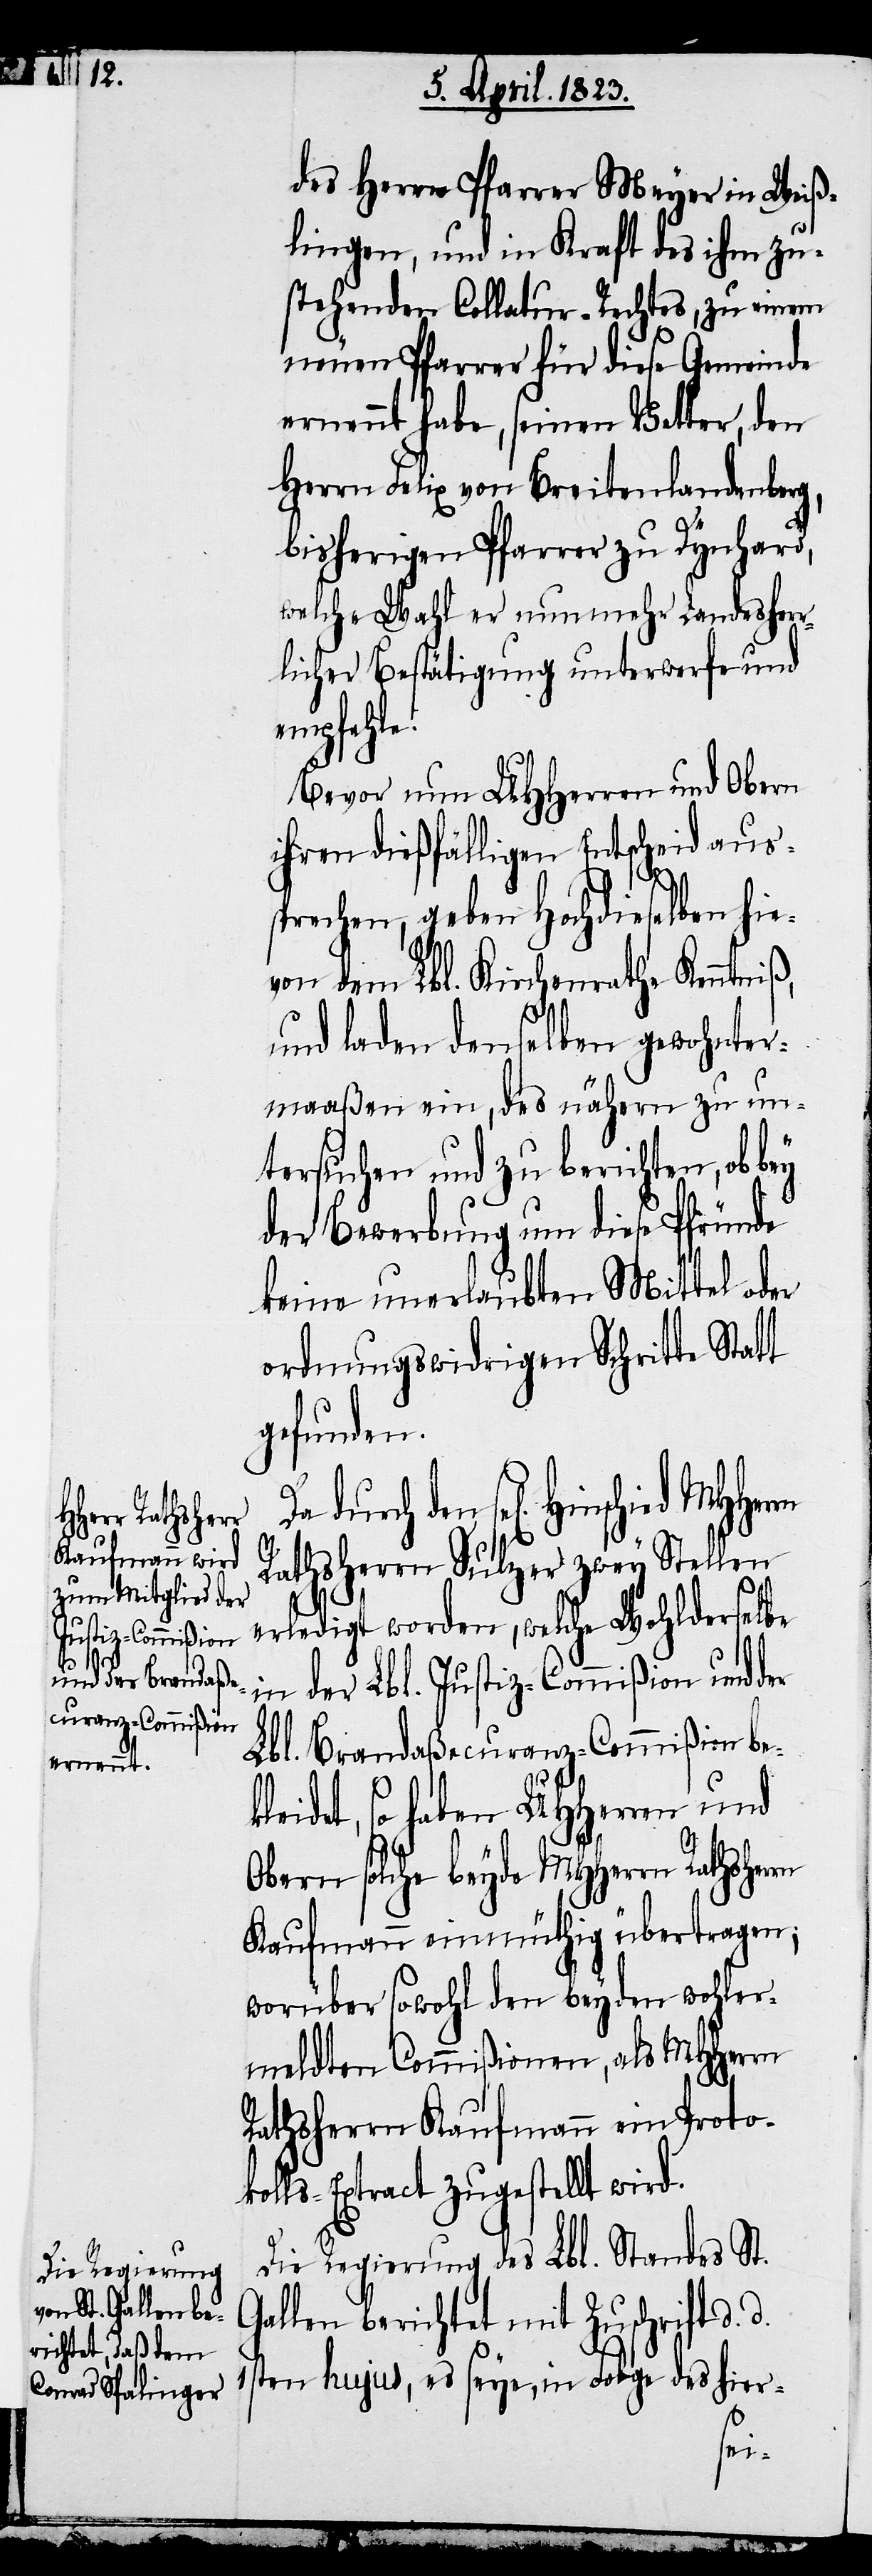
des Herrn Pfarrer Meyer in Weiß¬
lingen, und in Kraft des ihm zu¬
stehenden Collatur-Rechtes, zu einem
neuen Pfarrer für diese Gemeinde
ernennt habe, seinen Vetter, den
Herrn Felix von Breitenlandenberg,
bisherigen Pfarrer zu Dynhard,
welche Wahl er nunmehr Landesher¬
rlicher Bestätigung unterwerfe und
empfehle.
Bevor nun UHHerren und Obern
ihren dießfälligen Entscheid aus¬
d.
sprechen, geben Hochdieselben hie¬
von dem Lbl. Kirchenrathe Kenntni¬
und laden denselben gewohnter¬
maaßen ein, des nähern zu un¬
tersuchen und zu berichten, ob bey
der Bewerbung um diese Pfründe
keine unerlaubten Mittel oder
ordnungswidrigen Schritte Statt
gefunden.
durch den sel[igen] Hinschied
Rathsherrn Sulzer zwey Stellen
erledigt worden, welche Wohlderselbe
in der Lbl. Justiz-Commißion und der
Lbl. Brandaßecuranz-Commißion bek¬
leidet, so haben UHHerren und
Obern solche beyde MHHerrn Rathsher¬
Kaufmann einmüthig übertragen,
worüber sowohl den beyden wohler¬
meldten Commißionen, als MHHerrn
Rathsherrn Kaufmann ein Proto¬
kolls-Extract zugestellt wird.
Die Regierung des Lbl. Standes St.
Gallen berichtet mit Zuschrift d.
1sten hujus, es seye, in Folge des hier-